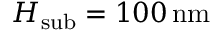
H _ { \mathrm { s u b } } = 1 0 0 \, \mathrm { n m }